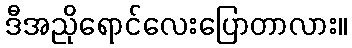
ဒီအညိုရောင်လေးပြောတာလား။